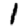
Digit: 1